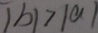
\vert b \vert > \vert a \vert